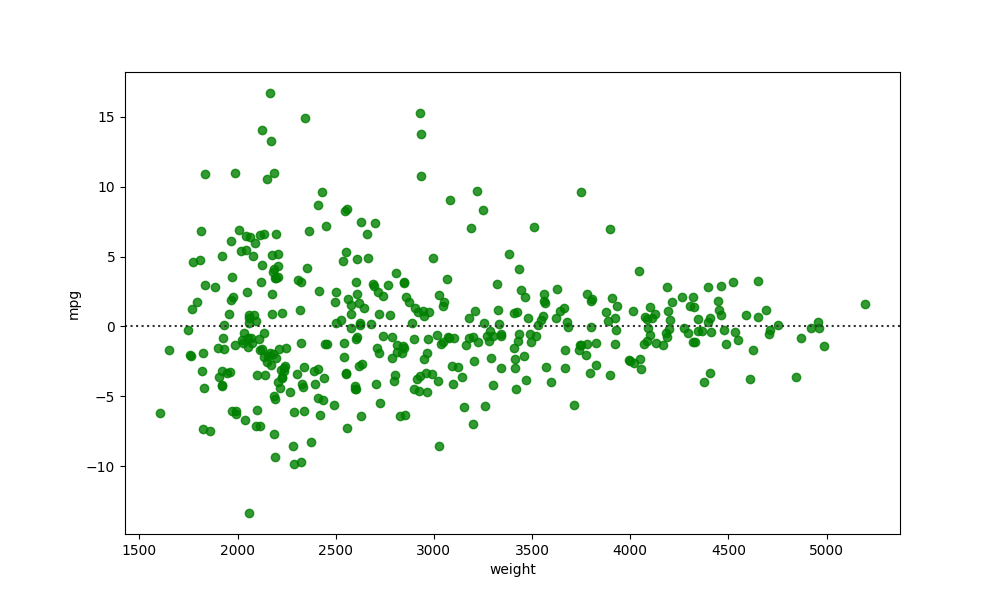
python, seaborn, residplot, lowess=False, scatter_color=green